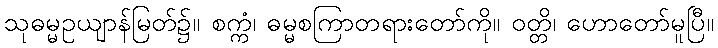
သုဓမ္မဥယျာန်မြတ်၌။ စက္ကံ၊ ဓမ္မစကြာတရားတော်ကို။ ဝတ္တိ၊ ဟောတော်မူပြီ။